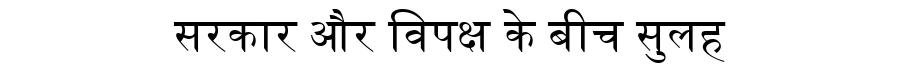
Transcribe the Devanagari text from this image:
सरकार और विपक्ष के बीच सुलह